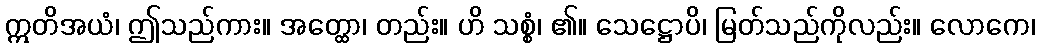
ဣတိအယံ၊ ဤသည်ကား။ အတ္ထော၊ တည်း။ ဟိ သစ္စံ၊ ၏။ သေဋ္ဌောပိ၊ မြတ်သည်ကိုလည်း။ လောကေ၊